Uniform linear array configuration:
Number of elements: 64
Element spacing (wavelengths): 0.25
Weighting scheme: hamming
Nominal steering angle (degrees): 30
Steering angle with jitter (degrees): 28.775
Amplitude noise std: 0.05
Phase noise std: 0.05

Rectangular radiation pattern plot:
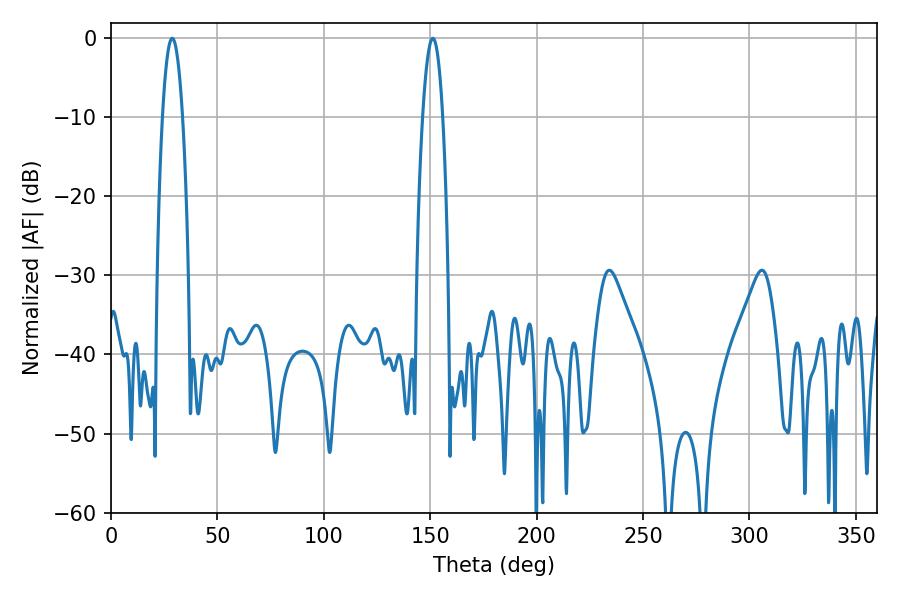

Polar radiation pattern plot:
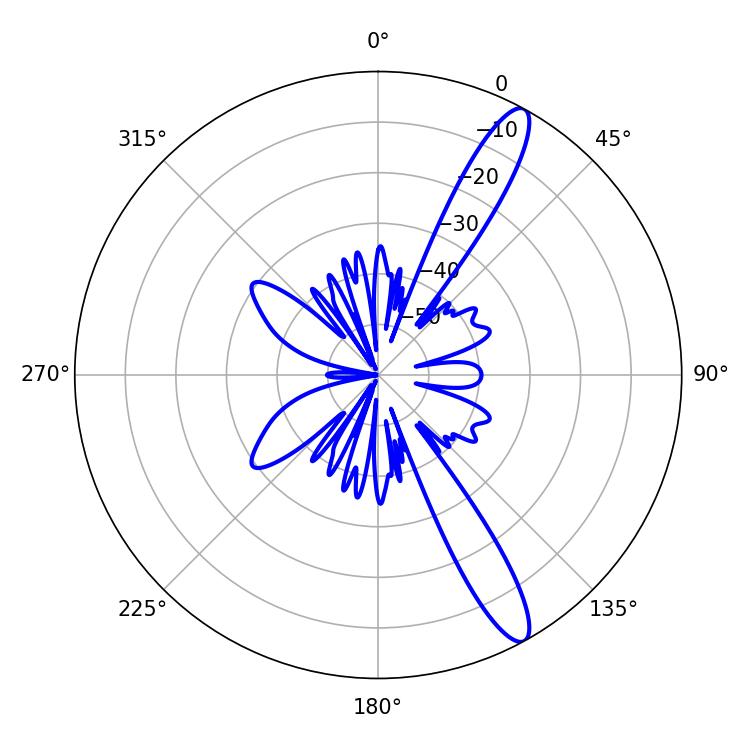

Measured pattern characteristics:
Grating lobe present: FALSE
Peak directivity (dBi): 13.262
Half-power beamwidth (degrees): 5.04
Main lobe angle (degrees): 28.8